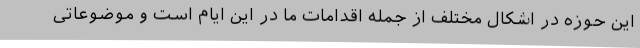
این حوزه در اشکال مختلف از جمله اقدامات ما در این ایام است و موضوعاتی